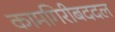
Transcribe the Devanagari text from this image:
कामगिरीबददल